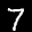
Label: 7